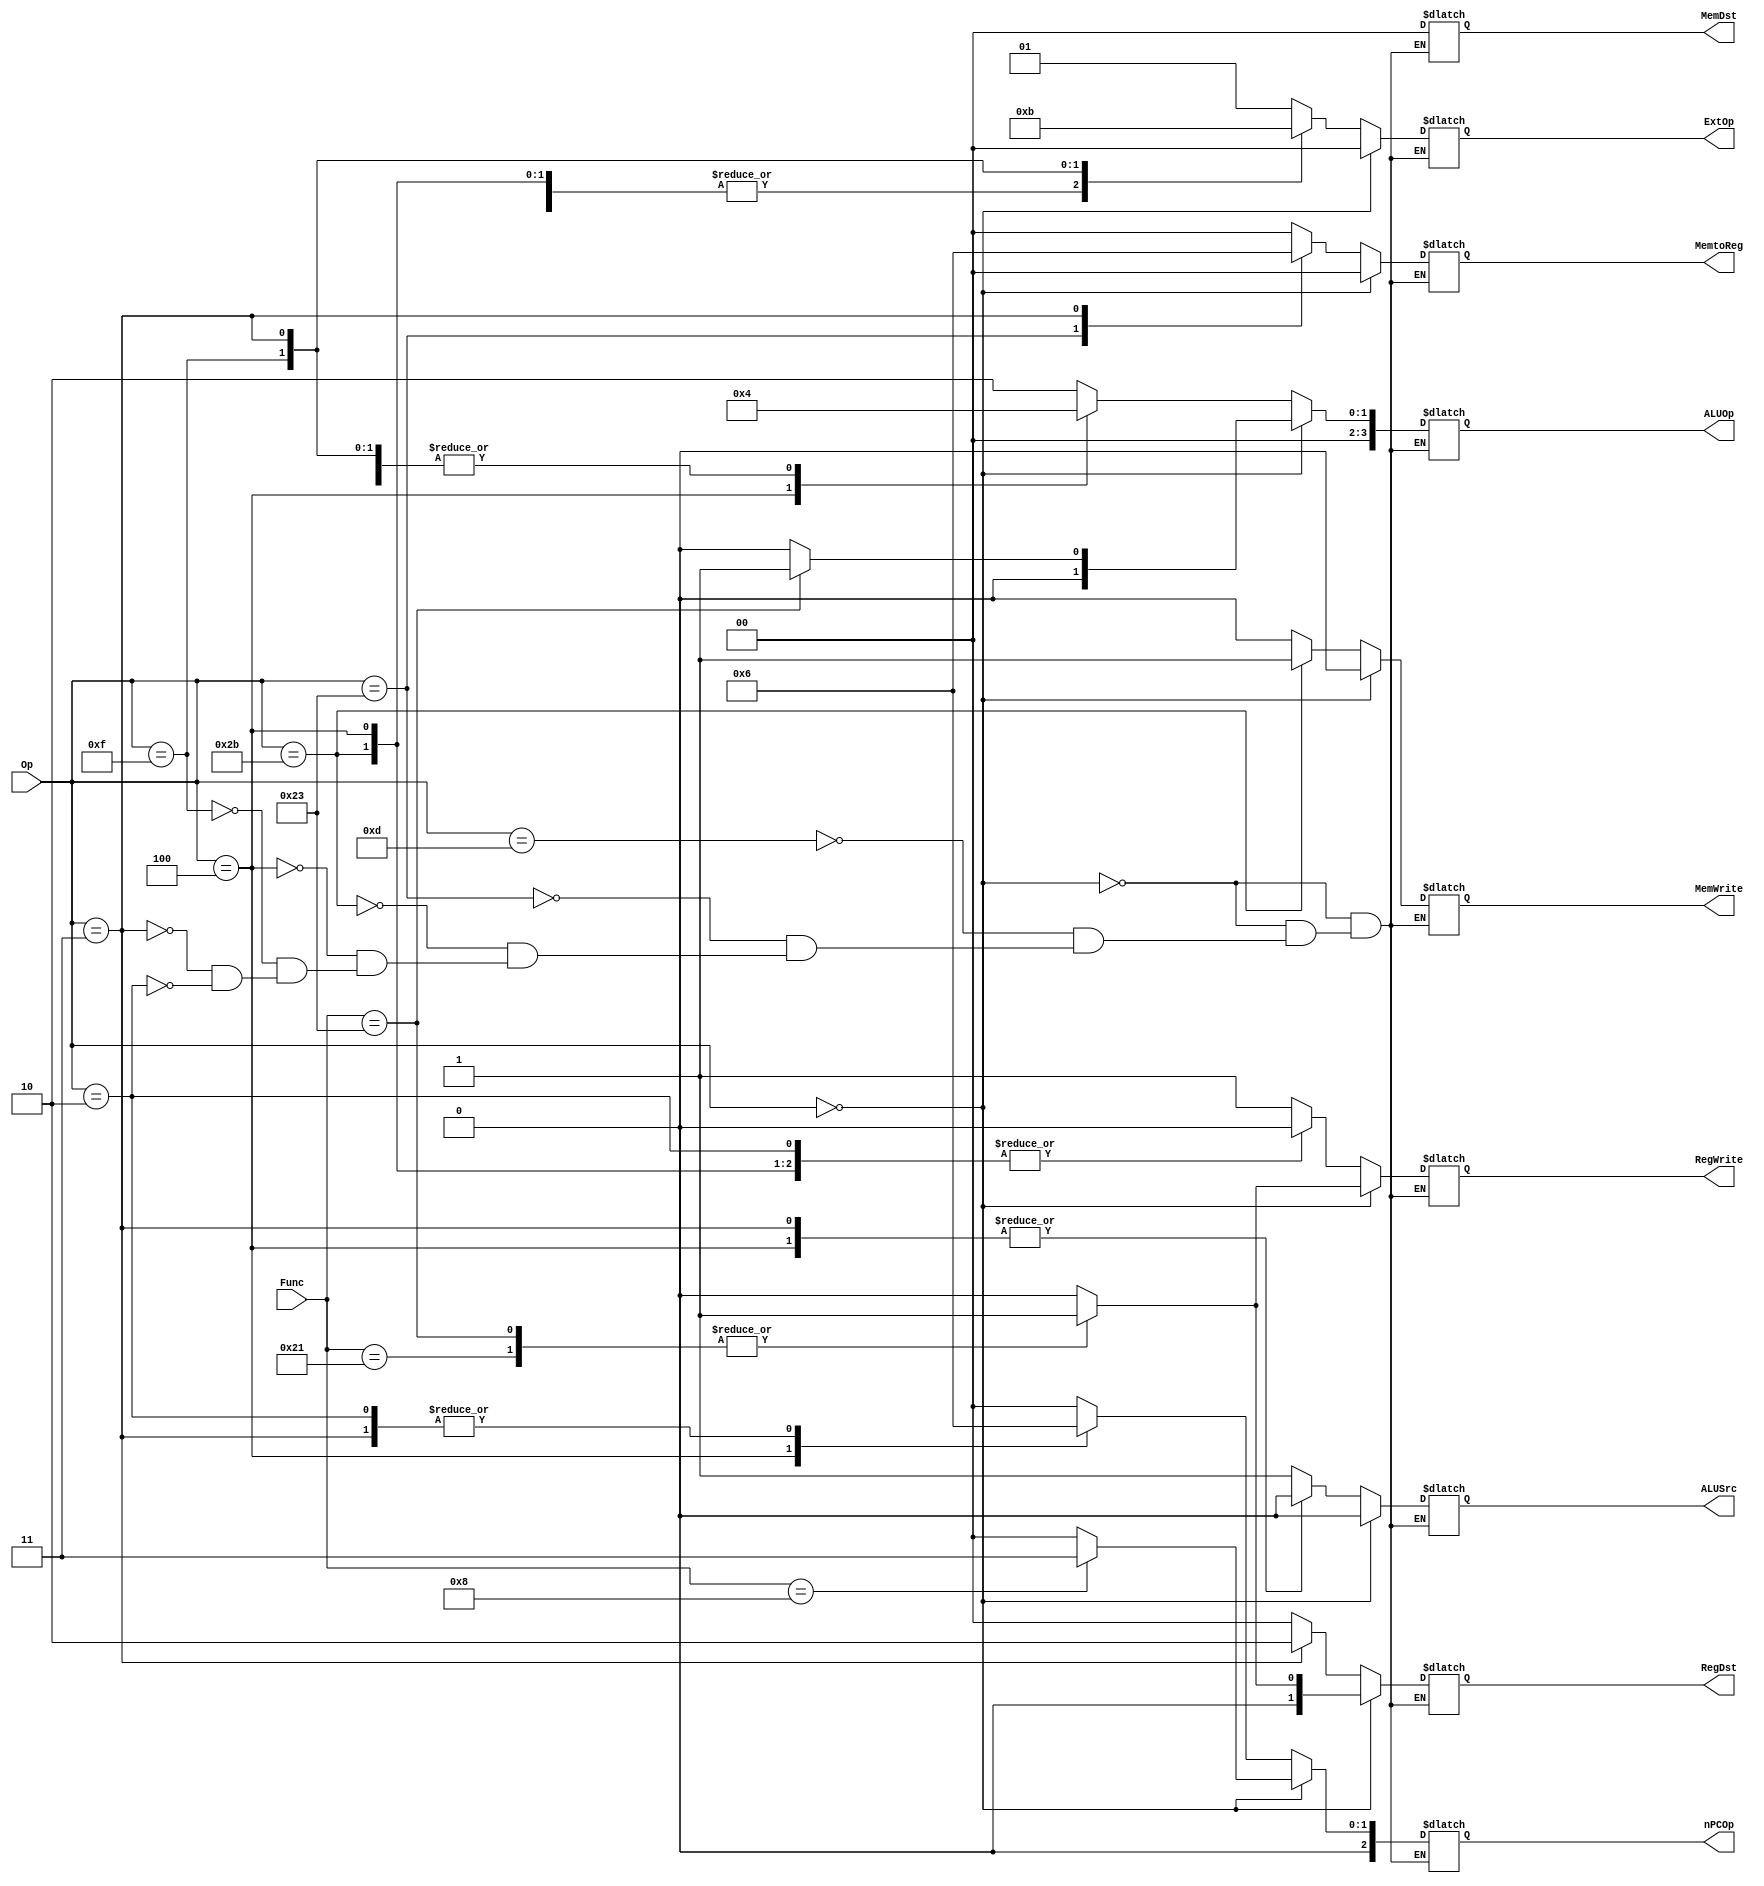
module ctrl(
    input [5:0] Op,
    input [5:0] Func,
    output [1:0] RegDst,
    output RegWrite,
    output ALUSrc,
    output MemWrite,
    output [1:0] MemtoReg,
     output [1:0] MemDst,
    output [1:0] ExtOp,
    output [3:0] ALUOp,
     output [2:0] nPCOp
    );
     
     reg [1:0] regdst;
    reg regwrite;
    reg alusrc;
    reg memwrite;
    reg [1:0] memtoreg;
     reg [1:0] memdst;
    reg [1:0] extop;
    reg [3:0] aluop;
     reg [2:0] npcop;
     
    parameter addu_f = 6'b100001,
                 subu_f = 6'b100011,
                 jr_f   = 6'b001000,
                 ori    = 6'b001101,
                 lw     = 6'b100011,
                 sw     = 6'b101011,
                 beq    = 6'b000100,
                 lui    = 6'b001111,
                 jal    = 6'b000011,
                 j      = 6'b000010;

    always @ (Op or Func) begin
        if(Op == 6'b0) begin
            case(Func)
                addu_f:begin
                            regdst    = 2'b01;
                            regwrite = 1;
                            alusrc    = 0;
                            memwrite = 0;
                            memtoreg = 2'b00;
                            memdst    = 2'bxx;
                            extop    = 2'bxx;
                            aluop    = 4'b0000;
                            npcop        = 3'b000;
                         end
                subu_f:begin
                            regdst    = 2'b01;
                            regwrite = 1;
                            alusrc    = 0;
                            memwrite = 0;
                            memtoreg = 2'b00;
                            memdst    = 2'bxx;
                            extop    = 2'bxx;
                            aluop    = 4'b0001;
                            npcop        = 3'b000;
                        end
                jr_f:    begin
                            regdst    = 2'bxx;
                            regwrite = 0;
                            alusrc    = 0;
                            memwrite = 0;
                            memtoreg = 2'b00;
                            memdst    = 2'bxx;
                            extop    = 2'bxx;
                            aluop    = 4'b0000;
                            npcop        = 3'b011;
                        end
                default:begin
                            regdst    = 2'b00;
                            regwrite = 0;
                            alusrc    = 0;
                            memwrite = 0;
                            memtoreg = 2'b00;
                            memdst    = 2'b00;
                            extop    = 2'b00;
                            aluop    = 4'b0000;
                            npcop        = 3'b000;
                        end
            endcase
        end
        else begin
            case(Op)
                ori:    begin
                            regdst    = 2'b00;
                            regwrite = 1;
                            alusrc    = 1;
                            memwrite = 0;
                            memtoreg = 2'b00;
                            memdst    = 2'bxx;
                            extop    = 2'b01;
                            aluop    = 4'b0010;
                            npcop        = 3'b000;
                        end
                lw:    begin
                            regdst    = 2'b00;
                            regwrite = 1;
                            alusrc    = 1;
                            memwrite = 0;
                            memtoreg = 2'b01;
                            memdst    = 2'b00;
                            extop    = 2'b00;
                            aluop    = 4'b0000;
                            npcop        = 3'b000;
                        end
                sw:    begin
                            regdst    = 2'bxx;
                            regwrite = 0;
                            alusrc    = 1;
                            memwrite = 1;
                            memtoreg = 2'b00;
                            memdst    = 2'b00;
                            extop    = 2'b00;
                            aluop    = 4'b0000;
                            npcop        = 3'b000;
                        end
                beq:    begin
                            regdst    = 2'bxx;
                            regwrite = 0;
                            alusrc    = 0;
                            memwrite = 0;
                            memtoreg = 2'b00;
                            memdst    = 2'bxx;
                            extop    = 2'b00;
                            aluop    = 4'b0001;
                            npcop        = 3'b001;
                        end
                lui:    begin
                            regdst    = 2'b00;
                            regwrite = 1;
                            alusrc    = 1;
                            memwrite = 0;
                            memtoreg = 2'b00;
                            memdst    = 2'bxx;
                            extop    = 2'b10;
                            aluop    = 4'b0000;
                            npcop        = 3'b000;
                        end
                jal:    begin
                            regdst    = 2'b10;
                            regwrite = 1;
                            alusrc    = 0;
                            memwrite = 0;
                            memtoreg = 2'b10;
                            memdst    = 2'bxx;
                            extop    = 2'b11;
                            aluop    = 4'b0000;
                            npcop        = 3'b010;
                        end
                j    :    begin
                            regdst    = 2'bxx;
                            regwrite = 0;
                            alusrc    = 1'bx;
                            memwrite = 0;
                            memtoreg = 2'bxx;
                            memdst    = 2'bxx;
                            extop    = 2'bxx;
                            aluop    = 4'bxxxx;
                            npcop        = 3'b010;
                        end
            endcase
        end
    end

    assign    RegDst     = regdst;
    assign    RegWrite = regwrite;
    assign    ALUSrc     = alusrc;
    assign    MemWrite = memwrite;
    assign    MemtoReg = memtoreg;
    assign    MemDst    = memdst;
    assign    ExtOp     = extop;
    assign    ALUOp     = aluop;
    assign    nPCOp     = npcop;


endmodule